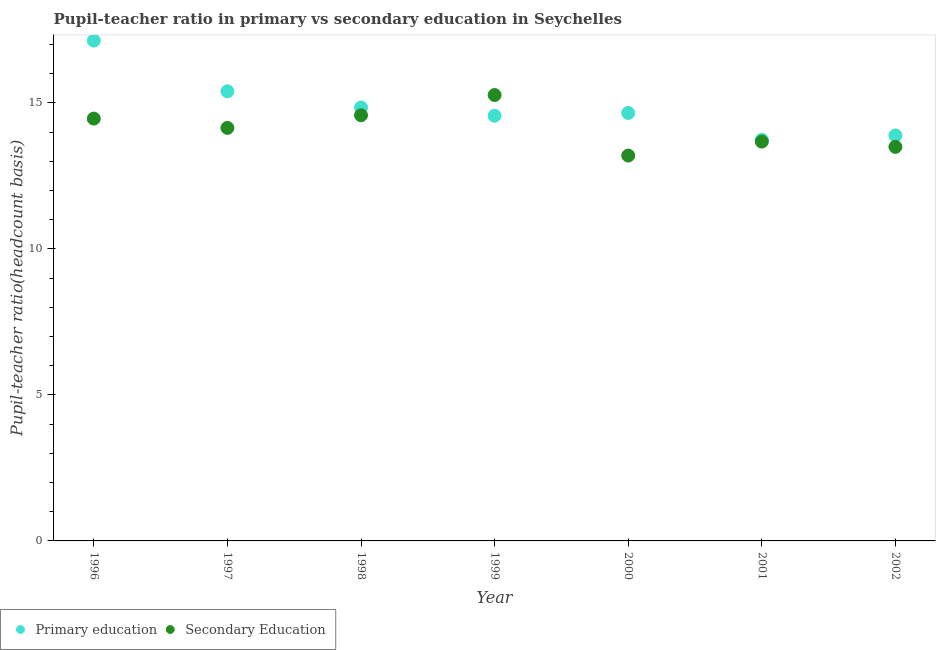
| Year | Primary education | Secondary Education |
 | --- | --- | --- |
 | 1996 | 17.1 | 14.5 |
 | 1997 | 15.4 | 14.1 |
 | 1998 | 14.8 | 14.6 |
 | 1999 | 14.6 | 15.3 |
 | 2000 | 14.7 | 13.2 |
 | 2001 | 13.7 | 13.7 |
 | 2002 | 13.9 | 13.5 |